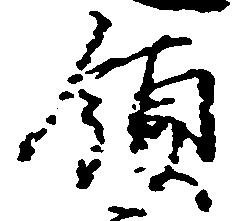
領